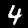
Label: 4